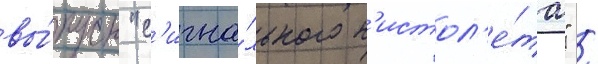
вы́пуск "с'игна́льного п'истол'е́та" /